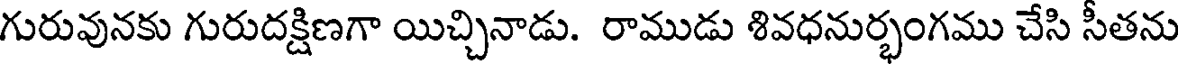
గురువునకు గురుదక్షిణగా యిచ్చినాడు. రాముడు శివధనుర్భంగము చేసి సీతను